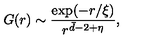
G ( r ) \sim \frac { \exp ( - r / \xi ) } { r ^ { \bar { d } - 2 + \eta } } ,